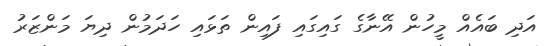
އަދި ބައެއް މީހުން އޭނާގެ ގައިގައި ފައިން ތަޅައި ހަދަމުން ދިޔަ މަންޒަރު